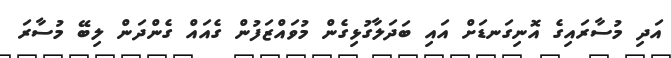
އަދި މުސާރައިގެ އޮނިގަނޑަށް އައި ބަދަލާގުޅިގެން މުވައްޒަފުން ގެއައް ގެންދަން ލިބޭ މުސާރަ